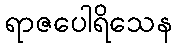
ရာဇပေါရိသေန